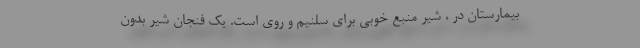
بیمارستان در ، شیر منبع خوبی برای سلنیم و روی است. یک فنجان شیر بدون